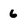
Character: 6